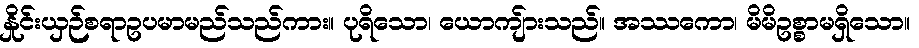
နှိုင်းယှဉ်စရာဥပမာမည်သည်ကား။ ပုရိသော၊ ယောကျ်ားသည်။ အဿကော၊ မိမိဥစ္စာမရှိသော။